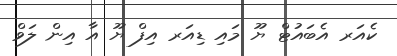
ކެއަރ އެބައުޓް ޔޫ މައި ޑިއަރ އިފް ޔޫ އާ އިން ލަވް